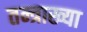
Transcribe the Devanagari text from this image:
तन्त्राख्या